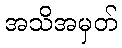
အသိအမှတ်